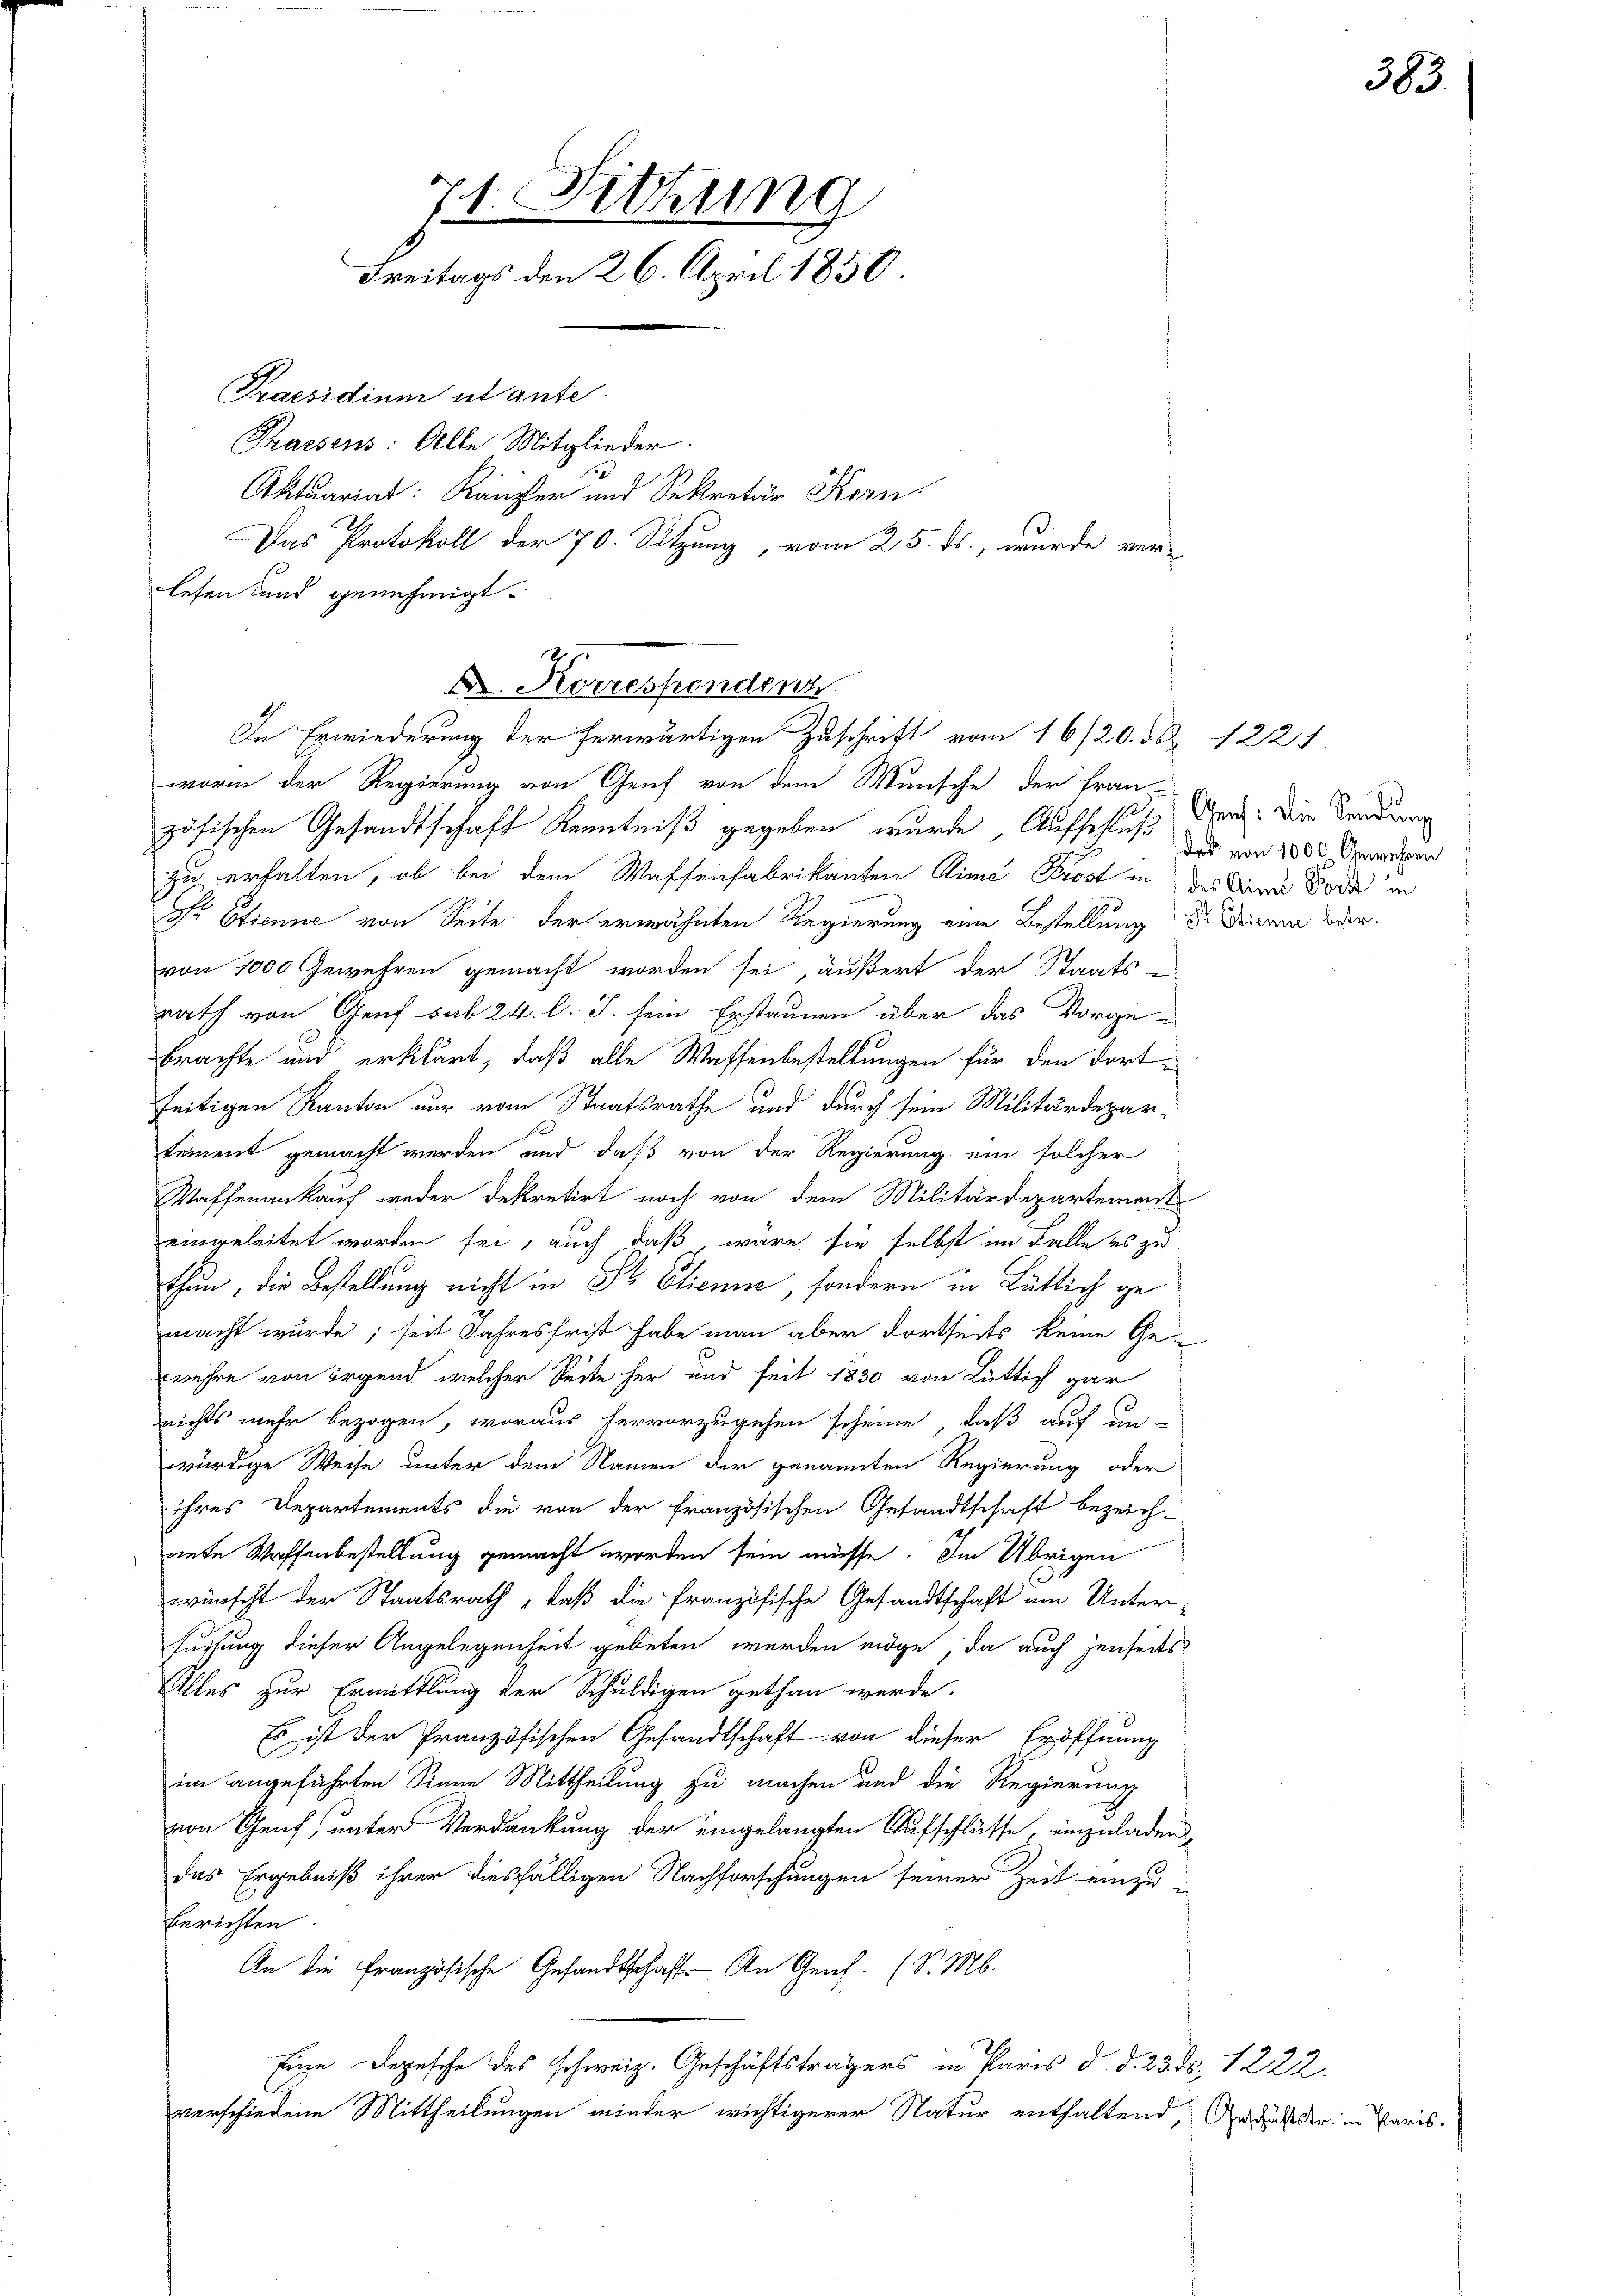
lesen und genehmigt.

71. Sitzung
Freitags den 26. April 1850
Praesidium utante.
Praesens: Alle Mitglieder.
Aktuariat: Kanzler und Sekretär Korn
Das Protokoll der 70. Sitzung, vom 25. ds., wurde ver-

A. Korresponden
In Erwiederung der herwärtigen Zuschrift vom 16/20. ds. 122.

worin der Regierung von Genf von dem Wunsche der fran-
zösischen Gesandtschaft Kenntniß gegeben wurde, Aufschluß der. Die Sendung
zu erhalten, ob bei dem Waffenfabrikanten Dime Prost in des Dir Bord in
Sr. Etienne von Seite der erwähnten Regierung eine Bestellung der Diram oder
von 1000 Gewehren gemacht worden sei, äußert der Staats-
rath von Genf sub 24. l. J. sein Erstaunen über das Vorgebrachte und erklärt, daß alle Waffenbestellungen für den dort
seitigen Kanton nur vom Staatsrathe und durch sein Militärdepartement gemacht werden und daß von der Regierung ein solcher
Waffenankauf weder dekretirt noch von dem Militärdepartement
eingeleitet worden sei, auch daß wäre sie selbst im Falle es zu
thun, die Bestellung nicht in Sr. Etienne, sondern in Bütlich gemacht wurde; seit Jahresfrist habe man aber dortseits keine Ge
wehre von irgend, welcher Seite her und seit 1830 von Lüttich gar
nichts mehr bezogen, woraus hervorzugehen scheine, daß auf un-
würdige Weise unter dem Namen der genannten Regierung oder
ihres Departements die von der französischen Gesandtschaft bezeich-
nnte Waffenbestellung gemacht worden sein müsse. Im Übrigen
wünscht der Staatsrath, daß die Französische Gesandtschaft am Unter-
füssung dieser Angelegenheit gebeten werden möge, da auch jenseits
Alles zur Ermittlung der Schuldigen gethan werde.
Es ist der französischen Gesandtschaft von dieser Eröffnung
im angeführten Sinne Mittheilung zu machen und die Regierung
von Genf, unter Verdankung der eingelangten Aufschlüsse, einzuladen,
das Ergebniß ihrer diesfälligen Nachforschungen seiner Zeit einzu-
berichten.
An die französische Gesandtschaft. An Ges. (v. M.
Eine Depesche des schweiz. Geschäftsträgers in Paris d. d. 235. 1222.
verschiedene Mittheilungen minder wichtigerer Natur enthaltend, August der in Paris.

des von 1000 Gewehren

383.